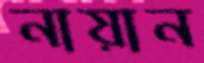
নায়ান